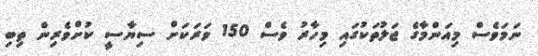
ނަމަވެސް މިއަންމާގެ ޖަލުތަކުގައި މިހާރު ވެސް 150 ވަަރަކަށް ސިޔާސީ ކުށްވެރިން ތިބި